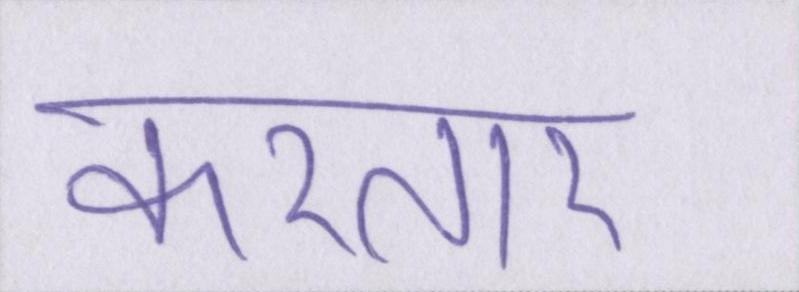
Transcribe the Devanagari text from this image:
करतार